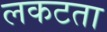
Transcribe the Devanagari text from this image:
लकटता